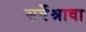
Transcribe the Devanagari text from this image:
सर्वेश्रावा